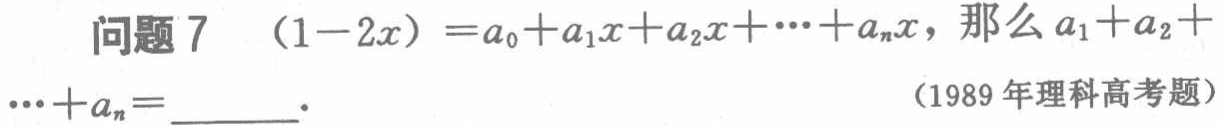
问题7  $(1 - 2x)^n = a_0 + a_1x + a_2x^2 + \cdots + a_nx^n$，那么$a_1 + a_2 + \cdots + a_n = \underline{\quad\quad}$. （1989年理科高考题）